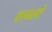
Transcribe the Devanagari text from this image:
एल्बलों